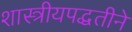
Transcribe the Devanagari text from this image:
शास्त्रीयपद्धतीने